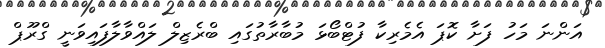
އަންނަ މަހު ފަށާ ކޮޕަ އެމެރިކާ ފުޓްބޯޅަ މުބާރާތުގައި ބްރެޒިލް ލައްވާލާފައިވަނީ ގްރޫޕް